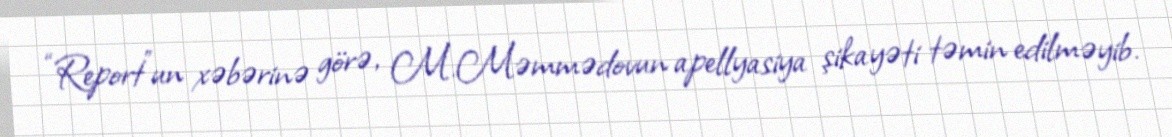
“Report”un xəbərinə görə, M.Məmmədovun apellyasiya şikayəti təmin edilməyib.